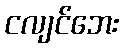
ငလျင်ဘေး